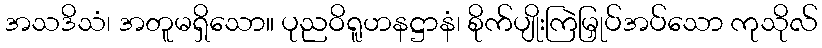
အသဒိသံ၊ အတူမရှိသော။ ပုညဝိရူဟနဋ္ဌာနံ၊ စိုက်ပျိုးကြဲမြှုပ်အပ်သော ကုသိုလ်